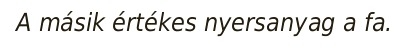
A másik értékes nyersanyag a fa.